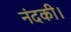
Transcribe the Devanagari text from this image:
नंदकी।